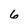
Character: 6